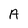
Character: A